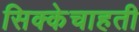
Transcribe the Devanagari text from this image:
सिक्केचाहती